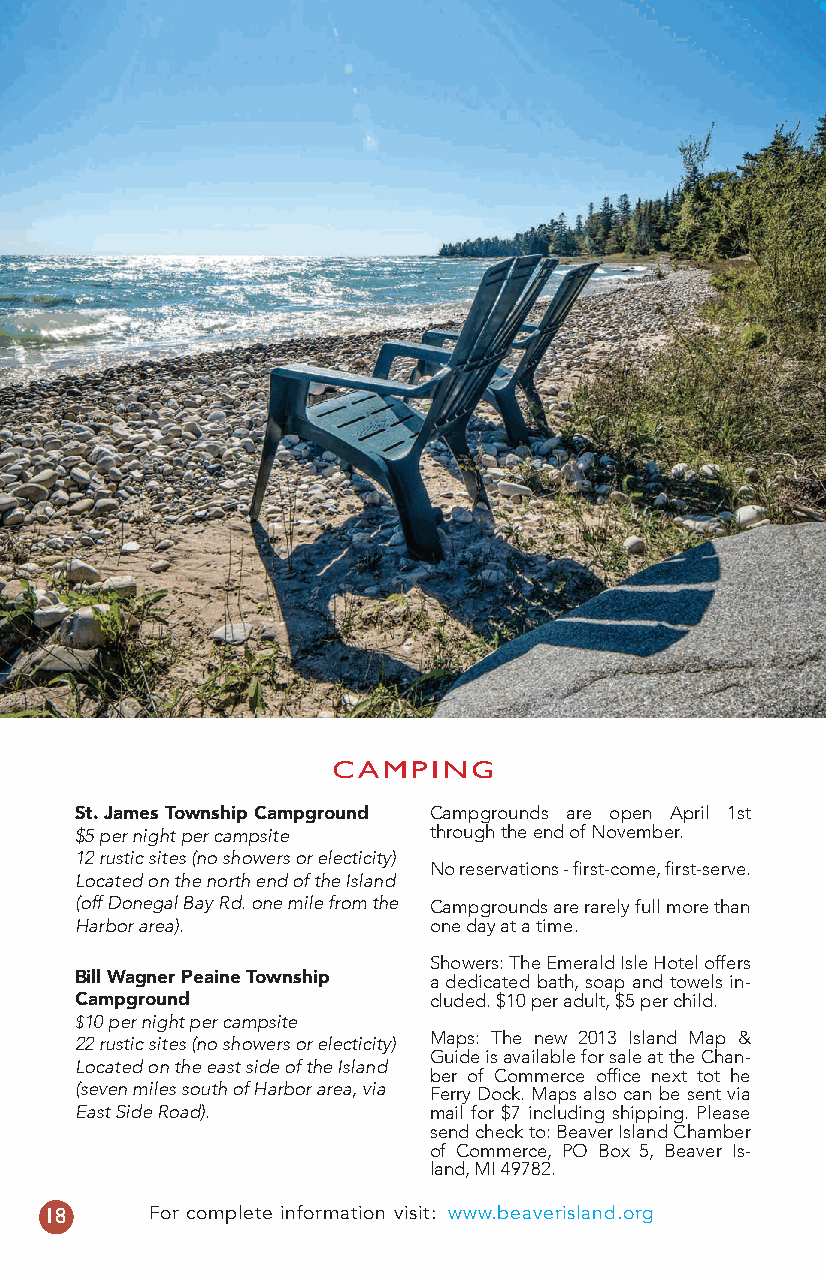
CAMPING
 St. James Township Campground Campgrounds are open April 1st
 $5 per night per campsite through the end of November.
 12 rustic sites (no showers or electicity)
 No reservations - first-come, first-serve.
 Located on the north end of the Island
 (off Donegal Bay Rd. one mile from the Campgrounds are rarely full more than
 Harbor area).           one day at a time.
 Showers: The Emerald Isle Hotel offers
 Bill Wagner Peaine Township a dedicated bath, soap and towels in-
 Campground              cluded. $10 per adult, $5 per child.
 $10 per night per campsite
 22 rustic sites (no showers or electicity) Maps: The new 2013 Island Map &
 Guide is available for sale at the Chan-
 Located on the east side of the Island
 ber of Commerce office next tot he
 (seven miles south of Harbor area, via Ferry Dock. Maps also can be sent via
 East Side Road).        mail for $7 including shipping. Please
 send check to: Beaver Island Chamber
 of Commerce, PO Box 5, Beaver Is-
 land, MI 49782.
 18     For complete information visit: www.beaverisland.org
 13449.indd 18                                 4/7/17 9:38 AM